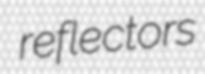
reflectors